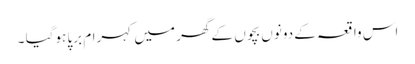
اس واقعہ کے دونوں بچوں کے گھر میں کہرام برپا ہوگیا ۔